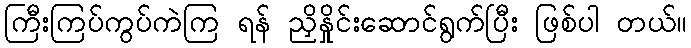
ကြီးကြပ်ကွပ်ကဲကြ ရန် ညှိနှိုင်းဆောင်ရွက်ပြီး ဖြစ်ပါ တယ်။